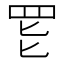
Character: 𱺸